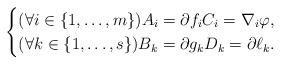
LaTeX: \begin{align*} \begin{cases} (\forall i\in\{1,\ldots,m\})A_i =\partial f_i C_i =\nabla_i\varphi,\\ (\forall k\in\{1,\ldots,s\})B_k =\partial g_kD_k =\partial\ell_k.\\ \end{cases}\end{align*}